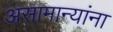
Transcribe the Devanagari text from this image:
असामान्यांना